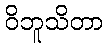
ဝိဘူသိတာ